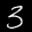
Label: 3